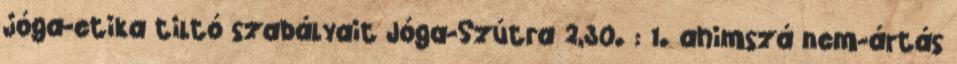
jóga-etika tiltó szabályait Jóga-Szútra 2,30. : 1. ahimszá nem-ártás